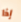
إذا